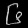
Digit: ၆